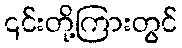
၎င်းတို့ကြားတွင်